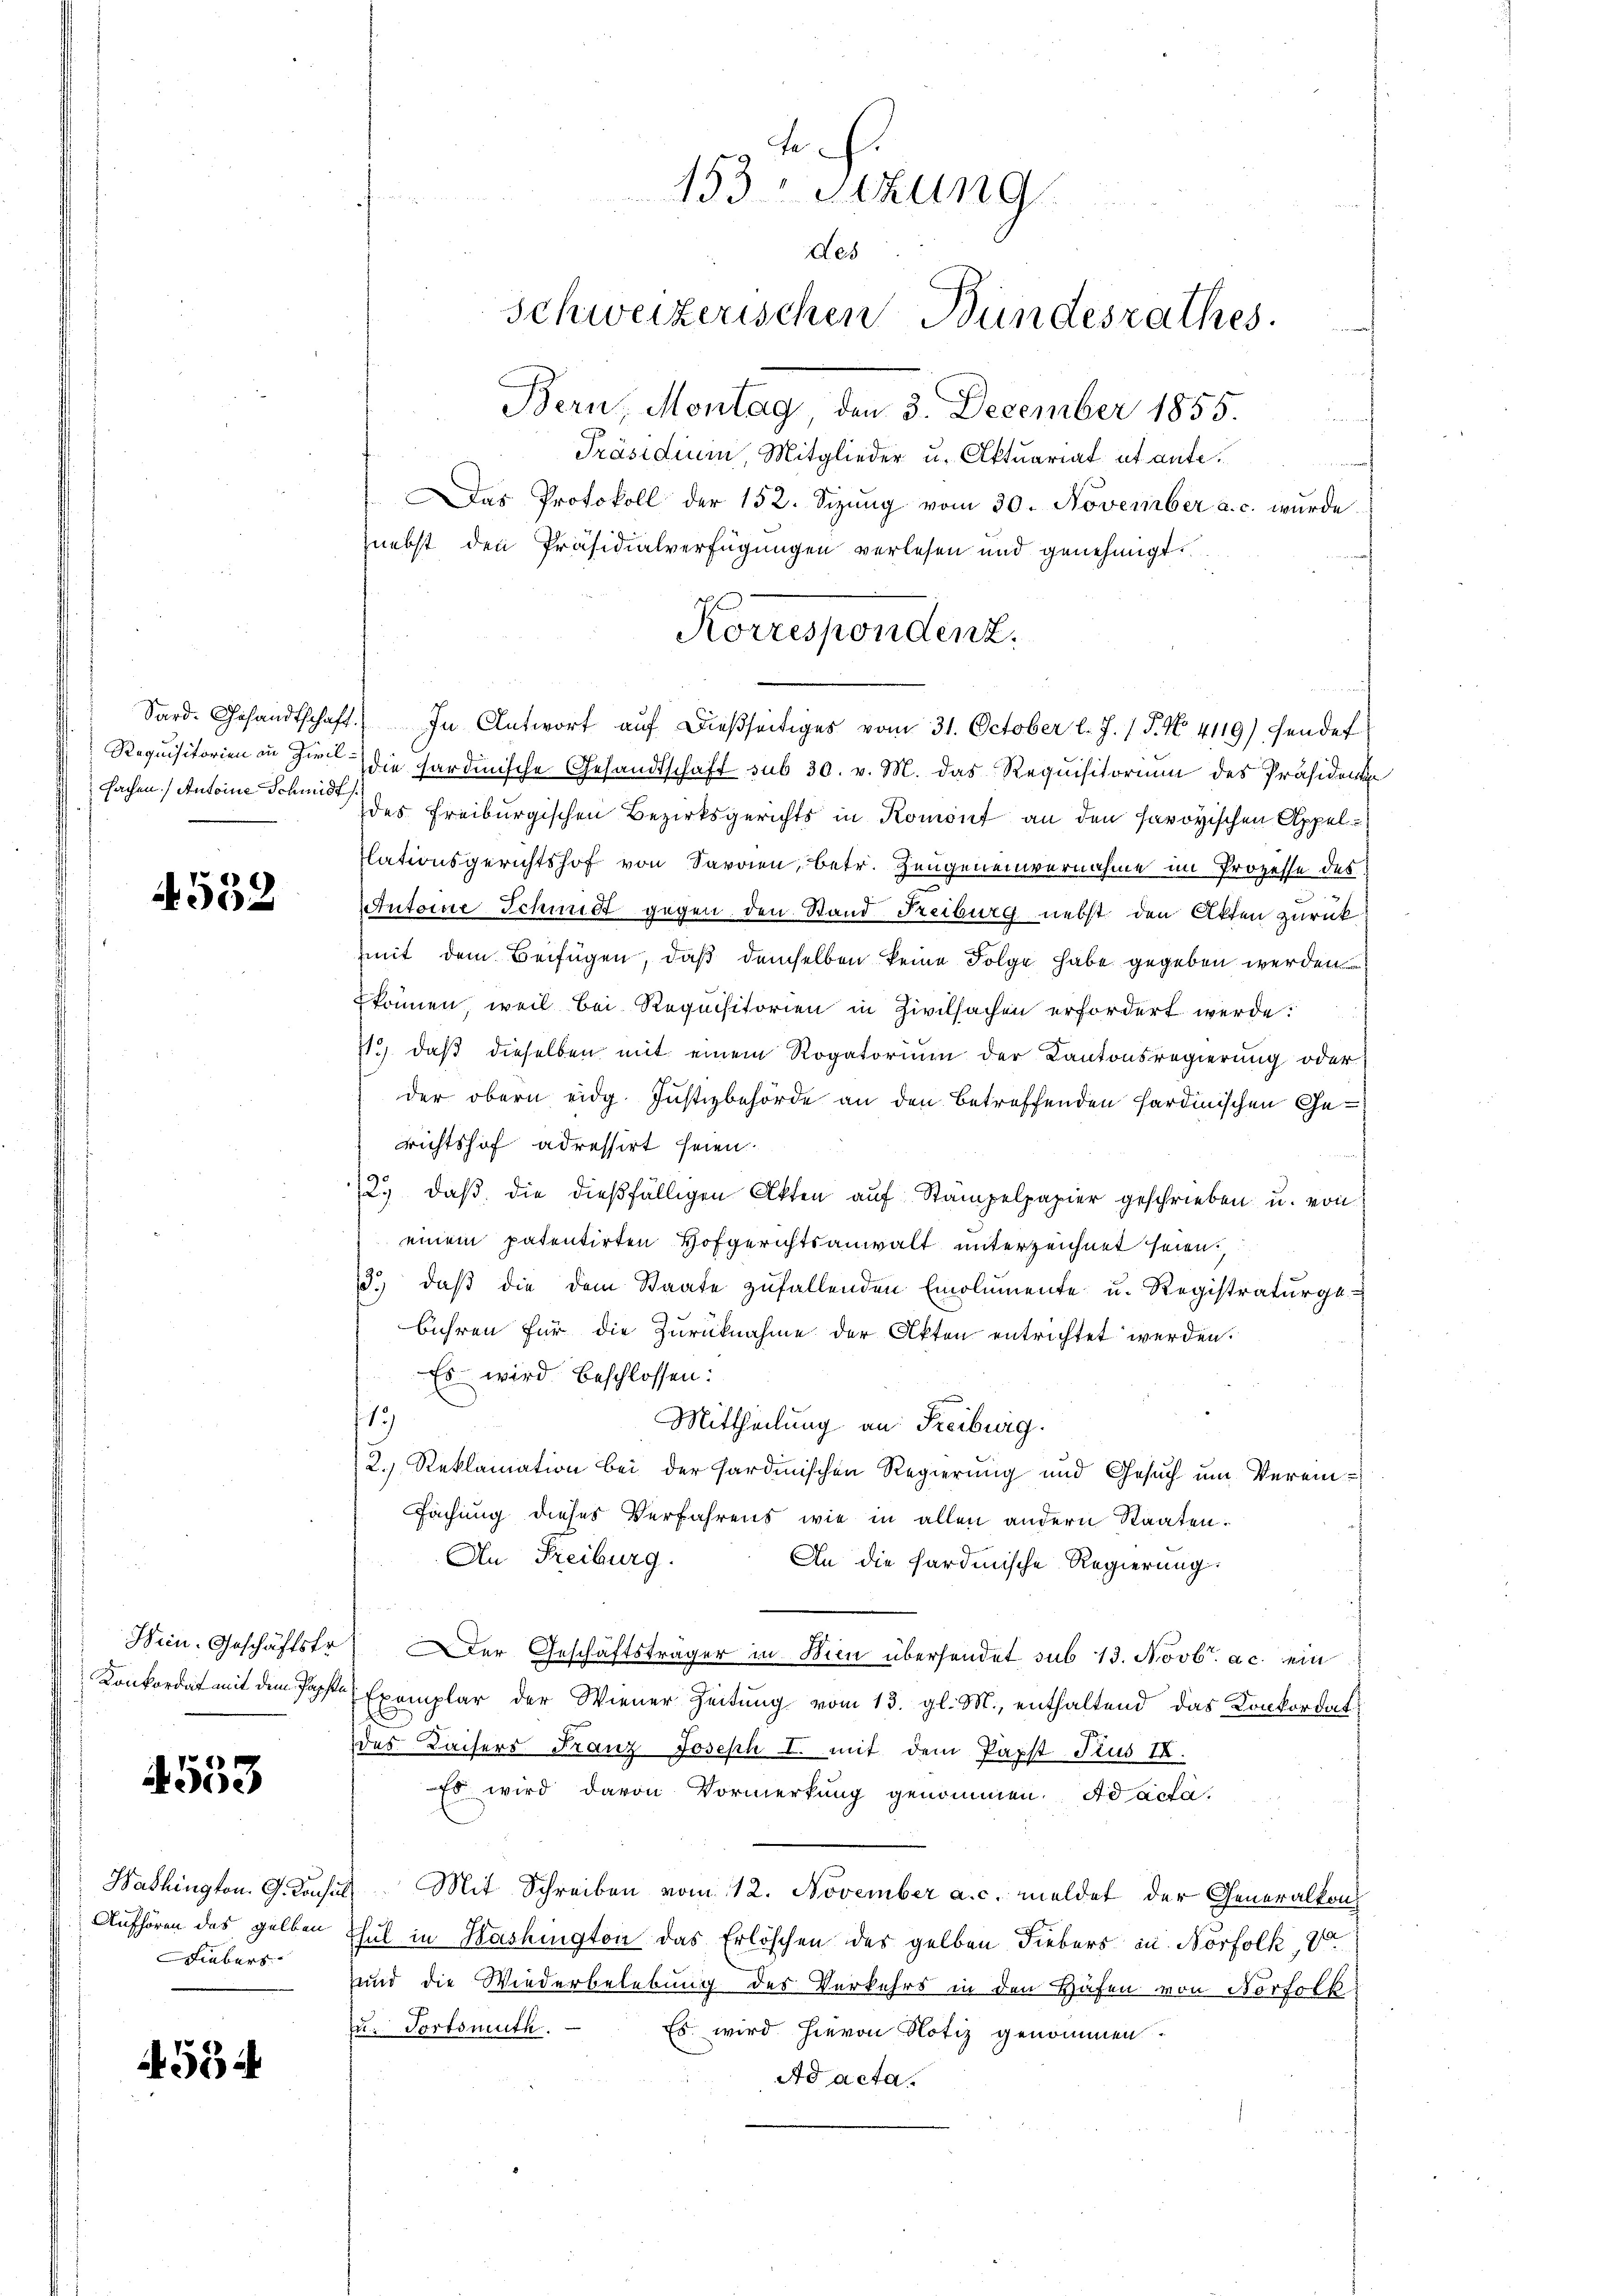
Sard. Gesandtschaft.
Requisitorien in Zivil.
fachen Antoine Schmidt

4552

Hein. Geschäftstr.
Konkordat mit dem Popft

4553

Hadlington. G. Kons.
Aufhören das gelben
Liebers

55

Bern, Montag, den 3. December 1855.
h
Präsidium Mitglieder u. Aktuariat et ante.
Das Protokoll der 152. Sizung vom 30. November a. c. wurde
nebst den Präsidialverfügungen verlesen und genehmigt.
die sardinische Gesandtschaft sub 30. v. M. das Requisitorium des Präsidenten
des Freiburgischen Bezirksgerichts in Komönf an den savoyischen Appellationsgerichtshof von Savaien, betr. Zeugeneinvernahme im Prozesse des
Antoine Schmidt gegen den Stand Reiburg nebst den Akten zurück
mit dem Beifügen, daß demselben keine Folge habe gegeben werden
können, weil bei Requisitorien in Zivilsachen erfordert werde:
11, daß dieselben mit einem Rogatorium der Kantonsregierung oder
der obern eidg. Justizbehörde an den betreffenden sardinischen Gerichtshof adressirt seien.
2.) daß die dießfälligen Akten auf Stampelpapier geschrieben u. von
einem patentirten Hofgerichtsanwalt unterzeichnet seien.
d.) daß die dem Staate zufallenden Emolumente u. Registraturge
bühren für die Zurücknahme der Akten entrichtet werden.
Es wird beschlossen:
113
Mittheilung an Freiburg.
2.) Reklamation bei der Sardinischen Regierung und Gesuch um Verein¬
Fachung dieses Verfahrens wie in allen andern Staaten.
An Freiburg.
An die Sardinische Regierung.
er Geschäftsträger in Bien übersendet sub 13. Novbr. ac. ein
Exemplar der Wiener Zeitung vom 13. gl. M., enthaltend das Konkordat
des Kaisers Franz Joseph I. mit dem Papst Trus IX.
Es wird davon Vormerkung genommen. Ad acta.
Mit Schreiben vom 12. November a. c. meldet der Generalkon
hul in Washington das Erlöschen des gelben Fiebers in Norfolk, vo
und die Wiederbelebung des Verkehrs in den Häfen von Norfolk
u. Fortsmuth.
Es wird hievon Notiz genommen.
Ad acta.

th.
153 Sizung
des
Schweizerischen Bundesrathes.

Korrespondenz.
In Antwort auf dießseitiges vom 31. October l. J. 1 S. No. 4119) Fendet